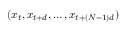
( x _ { t } , x _ { t + d } , \ldots , x _ { t + ( N - 1 ) d } )